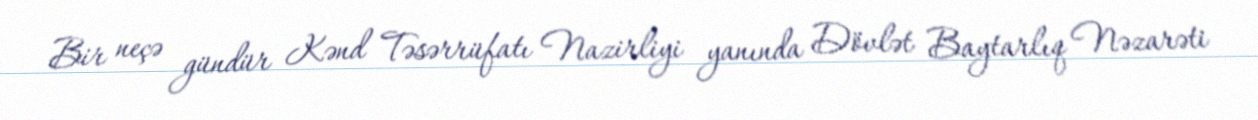
Bir neçə gündür Kənd Təsərrüfatı Nazirliyi yanında Dövlət Baytarlıq Nəzarəti